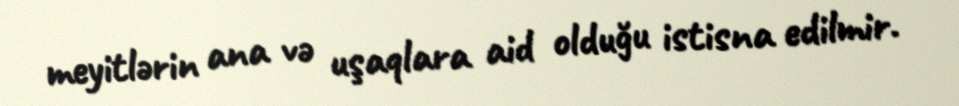
meyitlərin ana və uşaqlara aid olduğu istisna edilmir.